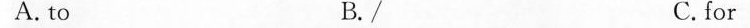
A.to B. \ C.for